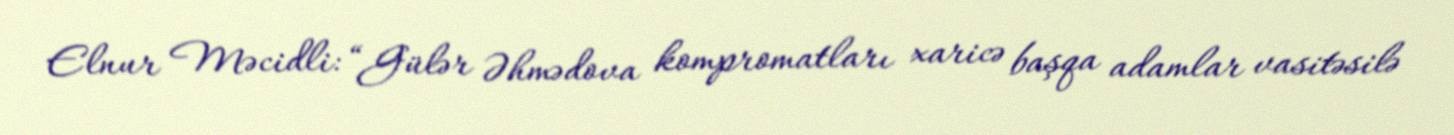
Elnur Məcidli: “Gülər Əhmədova kompromatları xaricə başqa adamlar vasitəsilə